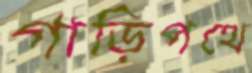
গাড়িপথে